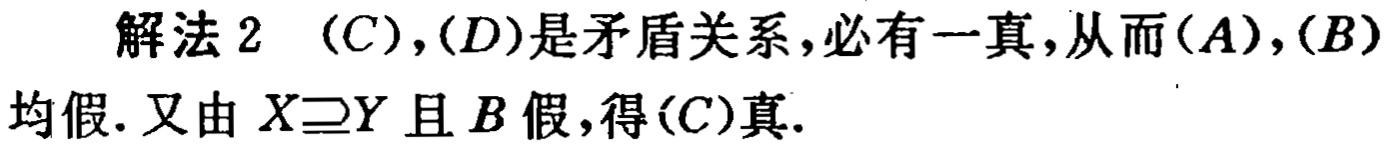
解法 2  $(C),(D)$是矛盾关系,必有一真,从而$(A),(B)$均假. 又由$X\supseteq Y$且$B$假,得$(C)$真.